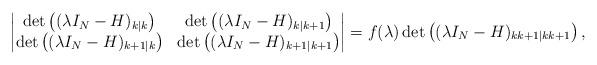
LaTeX: \begin{align*}\begin{vmatrix}\det\left((\lambda I_N-H)_{k|k}\right) &\det\left((\lambda I_N-H)_{k|k+1}\right) \\\det\left((\lambda I_N-H)_{k+1|k}\right) & \det\left((\lambda I_N-H)_{k+1|k+1}\right)\end{vmatrix}=f(\lambda)\det\left((\lambda I_N-H)_{kk+1|kk+1}\right),\end{align*}